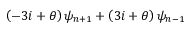
\left( - 3 i + \theta \right) \psi _ { n + 1 } + \left( 3 i + \theta \right) \psi _ { n - 1 }